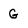
Character: G